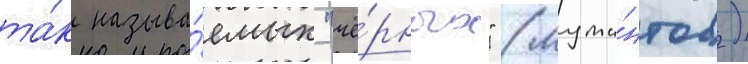
та́к называ́емых "чё́рных" (мута́нтов)